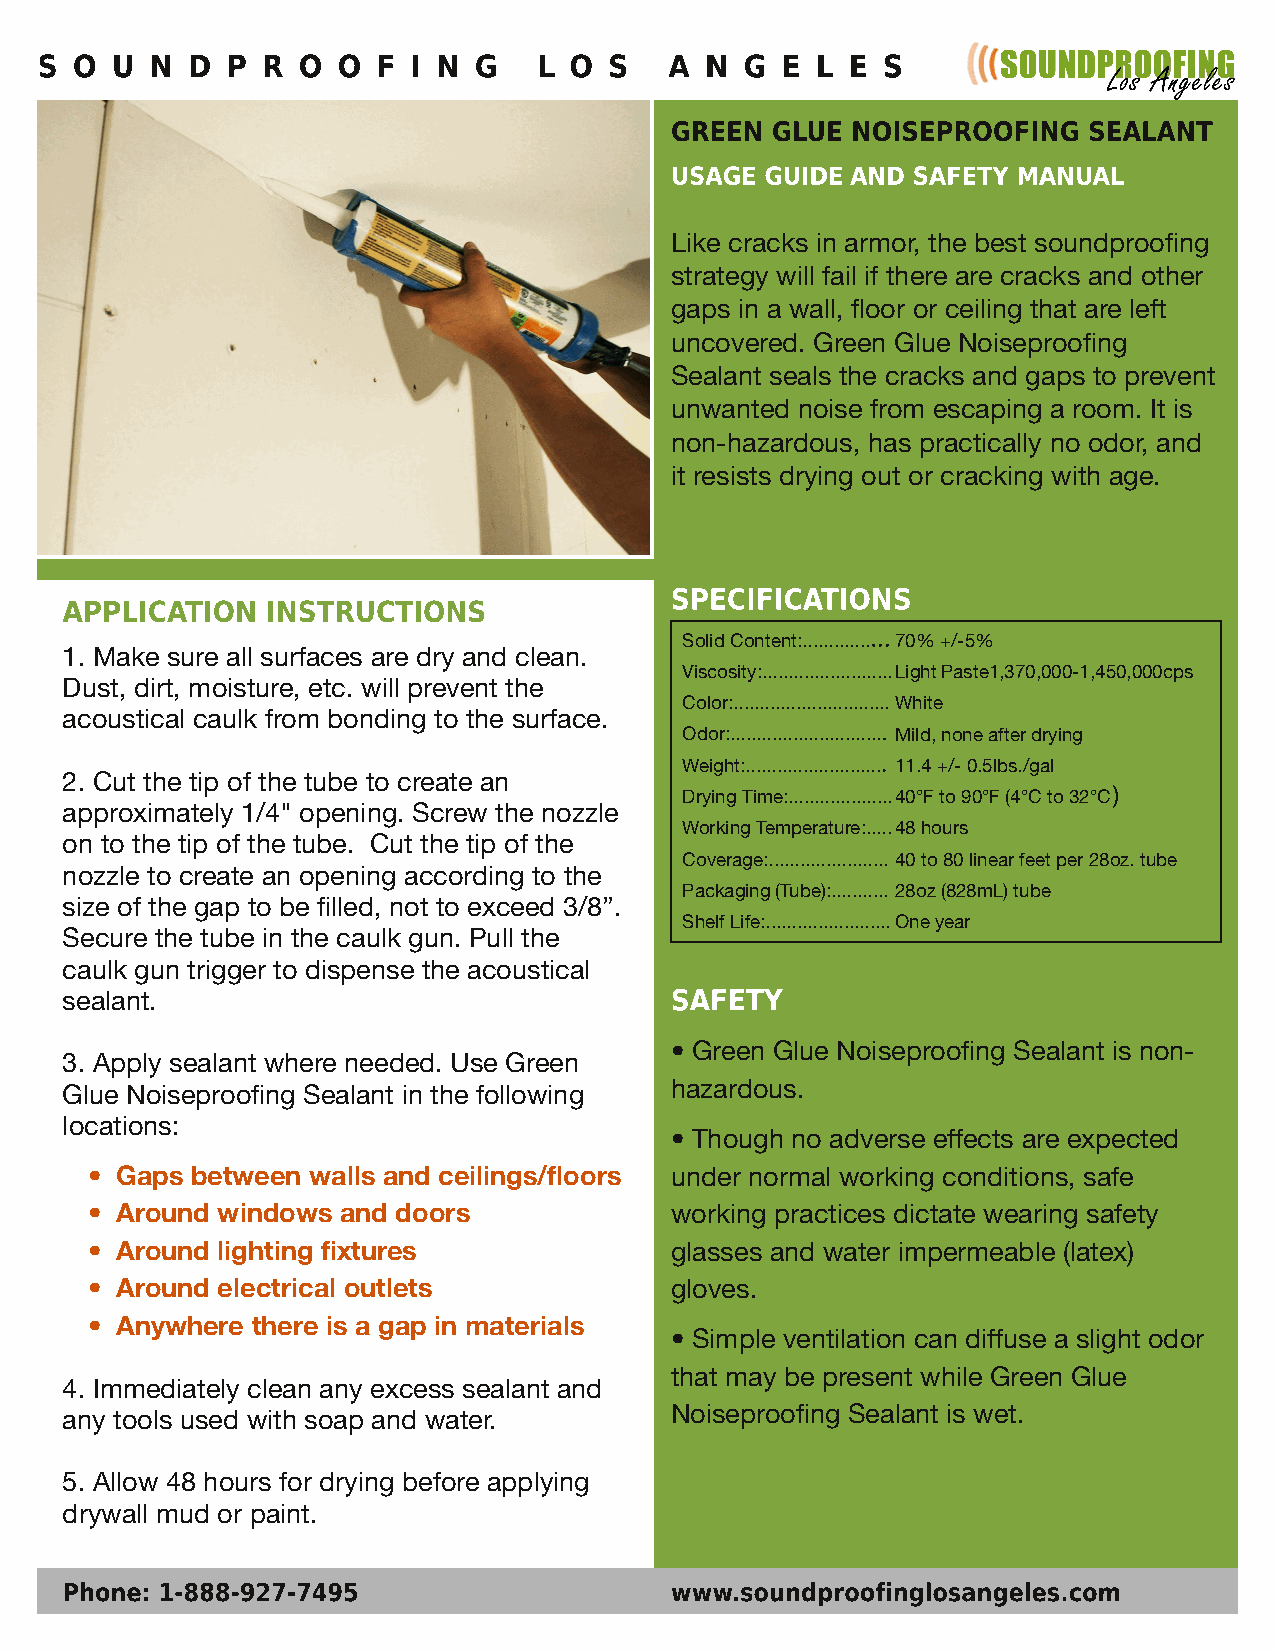
S  O U  N D  P R  O O  F I N G    L O S   A  N G  E L E S
 GREEN  GLUE NOISEPROOFING   SEALANT
 USAGE  GUIDE AND SAFETY MANUAL
 Like cracks in armor, the best soundproofing
 strategy will fail if there are cracks and other
 gaps in a wall, floor or ceiling that are left
 uncovered. Green Glue Noiseproofing
 Sealant seals the cracks and gaps to prevent
 unwanted noise from escaping a room. It is
 non-hazardous, has practically no odor, and
 it resists drying out or cracking with age.
 SPECIFICATIONS
 APPLICATION   INSTRUCTIONS
 SolidContent:............. 70%+/-5%
 1. Make sure all surfaces are dry and clean.
 Viscosity:.........................LightPaste1,370,000-1,450,000cps
 Dust, dirt, moisture, etc. will prevent the
 Color:............................. White
 acoustical caulk from bonding to the surface.
 Odor:............................. Mild,noneafterdrying
 Weight:.......................... 11.4+/-0.5lbs./gal
 2. Cut the tip of the tube to create an
 DryingTime:....................40°Fto90°F(4°Cto32°C
 approximately 1/4" opening. Screw the nozzle
 WorkingTemperature:.....48hours
 on to the tip of the tube. Cut the tip of the
 Coverage:....................... 40to80linearfeetper28oz.tube
 nozzle to create an opening according to the
 Packaging(Tube):........... 28oz(828mL)tube
 size of the gap to be filled, not to exceed 3/8”.
 ShelfLife:........................Oneyear
 Secure the tube in the caulk gun. Pull the
 caulk gun trigger to dispense the acoustical
 sealant.                                SAFETY
 • Green Glue Noiseproofing Sealant is non-
 3. Apply sealant where needed. Use Green
 Glue Noiseproofing Sealant in the following hazardous.
 locations:
 • Though no adverse effects are expected
 • Gaps between walls and ceilings/floors under normal working conditions, safe
 • Around windows and doors            working practices dictate wearing safety
 • Around lighting fixtures            glasses and water impermeable (latex)
 • Around electrical outlets           gloves.
 • Anywhere there is a gap in materials
 • Simple ventilation can diffuse a slight odor
 that may be present while Green Glue
 4. Immediately clean any excess sealant and
 any tools used with soap and water.     Noiseproofing Sealant is wet.
 5. Allow 48 hours for drying before applying
 drywall mud or paint.
 Phone: 1-888-927-7495                   www.soundproofinglosangeles.com